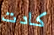
كادت